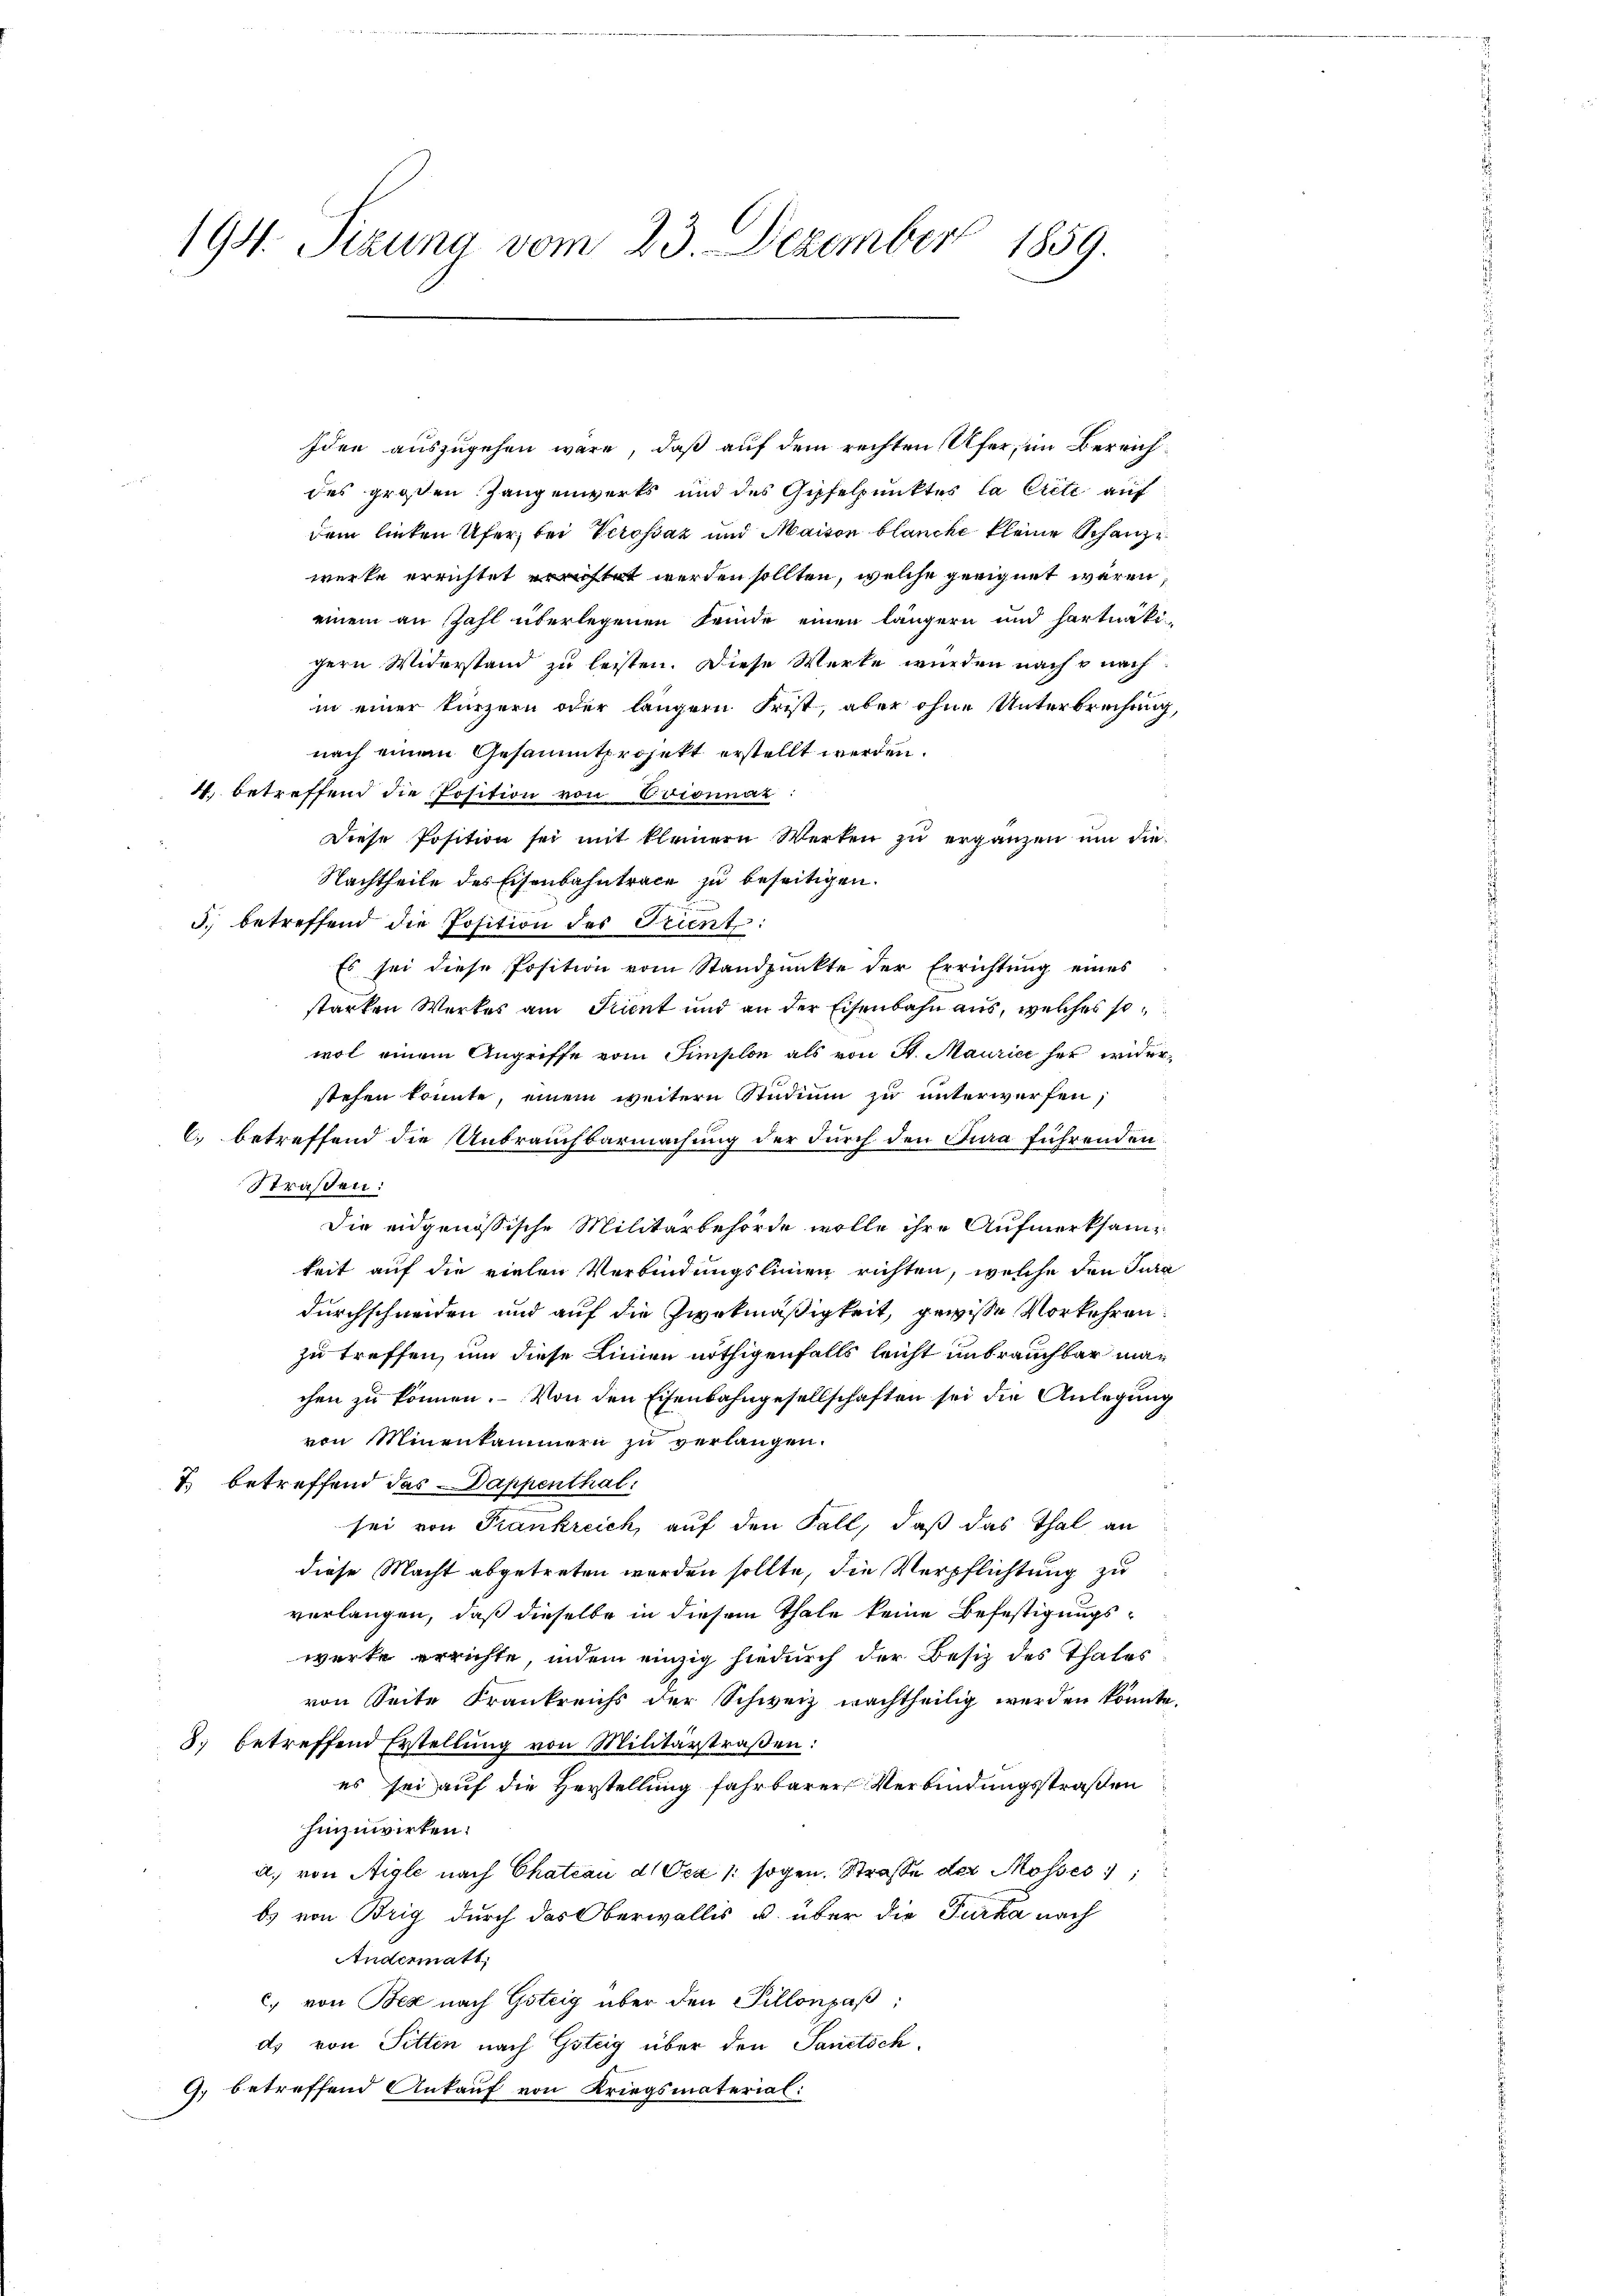
194. Sizung vom 23. Dezember 1859.

Iden auszugehen wäre, daß auf dem rechten Ufer, im Bereichdes großen Zangenwerks und des Gipfelpunktes la Criti auf
dem lieben Ufer, bei Verosaz und Maison blanche kleine Schanze
werke errichtet errichtet werden sollten, welche geeignet wären,
einem an Zahl überlegenen Feinde einen längern und hartnätigern Widerstand zu leisten. Diese Werke wurden nach & nach
in einer kürzern oder längern Frist, aber ohne Unterbrechung,
nach einem Gesammtprojekt erstellt werden.
4., betreffend die Position von Coconnaz:
Diese Position sei mit kleinern Werken zu ergänzen und die
Nachtheile des Eisenbahntrace zu beseitigen.
3. betreffend die Position des Trient:
Es sei diese Position vom Standpunkte der Errichtung eines
starken Werkes am Trient und an der Eisenbahn aus, welches so
wol einem Angriffe vom Simplon als von St. Maurice her widerstehen konnte, einem weitern Studium zu unterwerfen,
C. betreffend die Unbrauchbarmachung der durch den Jura führenden
Straßen:
Die eidgenössische Militärbehörde wolle ihre Aufmerksam
keit auf die vielen Verbindungslinien richten, welche den Tura
durchschneiden und auf die Zweckmäßigkeit, gewisse Vorkehren.
zu treffen, um diese Linien nöthigenfalls leicht unbrauchbar machen zu können. Von den Eisenbahngesellschaften sei die Anlegung
von Minenkammern zu verlangen.
7. betreffend das Dappenthal:
sei von Frankreich, auf den Fall, daß das Thal an
diese Macht abgetreten worden sollte, die Verpflichtung zu
verlangen, daß dieselbe in diesem Thale keine Befestigungswerke errichte, indem einzig hiedurch der Besiz des Thales
von Seite Frankreichs der Schweiz wachtheilig werden könnte.
8. betreffend Erstellung von Militärstraßen:
es sei auf die Herstellung fahrbarer Verbindungsstraßen
hinzuwirken:
a) von Aigle nach Chateau d Oca 1 sogen. Straße der Mosses
b) von Brig durch das Oberwallis u. über die Furka nach
Andermatt,
c) von Bex nach Götzig über den Pillonpaβ:
ds von Pitten nach Göttig über den Sanctich,
9. betreffend Ankauf von Kriegsmaterial: